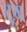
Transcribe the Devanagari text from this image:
टूम